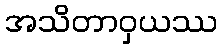
အသိတာဝှယဿ